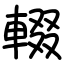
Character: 輟